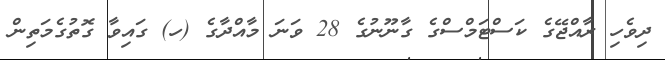
ދިވެހި ރާއްޖޭގެ ކަސްޓަމްސްގެ ގާނޫނުގެ 28 ވަނަ މާއްދާގެ (ހ) ގައިވާ ގޮތުގެމަތިން